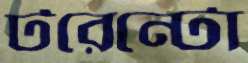
টরেন্টো